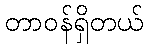
တာဝန်ရှိတယ်